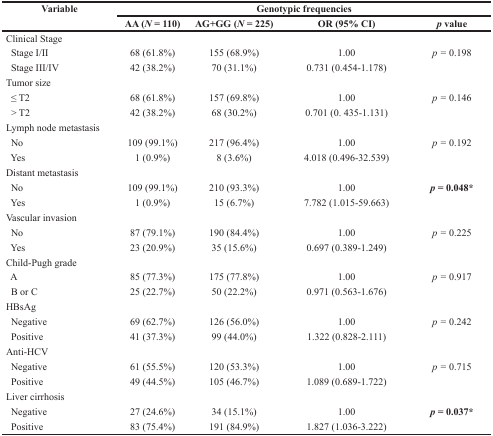
<table><thead><tr><td><b>Variable</b></td><td colspan="4"><b>Genotypic frequencies</b></td></tr><tr><td></td><td><b>AA (<i>N</i> = 110)</b></td><td><b>AG+GG (<i>N</i> = 225)</b></td><td><b>OR (95% CI)</b></td><td><b><i>p</i> value</b></td></tr></thead><tbody><tr><td>Clinical Stage</td><td></td><td></td><td></td><td></td></tr><tr><td> Stage I/II</td><td>68 (61.8%)</td><td>155 (68.9%)</td><td>1.00</td><td><i>p =</i> 0.198</td></tr><tr><td> Stage III/IV</td><td>42 (38.2%)</td><td>70 (31.1%)</td><td>0.731 (0.454-1.178)</td><td></td></tr><tr><td>Tumor size</td><td></td><td></td><td></td><td></td></tr><tr><td> ≤ T2</td><td>68 (61.8%)</td><td>157 (69.8%)</td><td>1.00</td><td><i>p =</i> 0.146</td></tr><tr><td> &gt; T2</td><td>42 (38.2%)</td><td>68 (30.2%)</td><td>0.701 (0. 435-1.131)</td><td></td></tr><tr><td>Lymph node metastasis</td><td></td><td></td><td></td><td></td></tr><tr><td> No</td><td>109 (99.1%)</td><td>217 (96.4%)</td><td>1.00</td><td><i>p =</i> 0.192</td></tr><tr><td> Yes</td><td>1 (0.9%)</td><td>8 (3.6%)</td><td>4.018 (0.496-32.539)</td><td></td></tr><tr><td>Distant metastasis</td><td></td><td></td><td></td><td></td></tr><tr><td> No</td><td>109 (99.1%)</td><td>210 (93.3%)</td><td>1.00</td><td><b><i>p</i> = 0.048*</b></td></tr><tr><td> Yes</td><td>1 (0.9%)</td><td>15 (6.7%)</td><td>7.782 (1.015-59.663)</td><td></td></tr><tr><td>Vascular invasion</td><td></td><td></td><td></td><td></td></tr><tr><td> No</td><td>87 (79.1%)</td><td>190 (84.4%)</td><td>1.00</td><td><i>p =</i> 0.225</td></tr><tr><td> Yes</td><td>23 (20.9%)</td><td>35 (15.6%)</td><td>0.697 (0.389-1.249)</td><td></td></tr><tr><td>Child-Pugh grade</td><td></td><td></td><td></td><td></td></tr><tr><td> A</td><td>85 (77.3%)</td><td>175 (77.8%)</td><td>1.00</td><td><i>p =</i> 0.917</td></tr><tr><td> B or C</td><td>25 (22.7%)</td><td>50 (22.2%)</td><td>0.971 (0.563-1.676)</td><td></td></tr><tr><td>HBsAg</td><td></td><td></td><td></td><td></td></tr><tr><td> Negative</td><td>69 (62.7%)</td><td>126 (56.0%)</td><td>1.00</td><td><i>p =</i> 0.242</td></tr><tr><td> Positive</td><td>41 (37.3%)</td><td>99 (44.0%)</td><td>1.322 (0.828-2.111)</td><td></td></tr><tr><td>Anti-HCV</td><td></td><td></td><td></td><td></td></tr><tr><td> Negative</td><td>61 (55.5%)</td><td>120 (53.3%)</td><td>1.00</td><td><i>p =</i> 0.715</td></tr><tr><td> Positive</td><td>49 (44.5%)</td><td>105 (46.7%)</td><td>1.089 (0.689-1.722)</td><td></td></tr><tr><td>Liver cirrhosis</td><td></td><td></td><td></td><td></td></tr><tr><td> Negative</td><td>27 (24.6%)</td><td>34 (15.1%)</td><td>1.00</td><td><b><i>p</i> = 0.037*</b></td></tr><tr><td> Positive</td><td>83 (75.4%)</td><td>191 (84.9%)</td><td>1.827 (1.036-3.222)</td><td></td></tr></tbody></table>